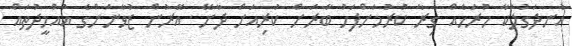
އުނދަގުލަކާ ހުރަހެއް ގިރާ ކުރުމަށްފަހު ބާރަށް ކުރިއަށް ދާށޭ. އޭރުން ޒުވާނުންގެ އުއްމީދުތައް